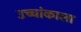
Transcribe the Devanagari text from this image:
उच्चांकाला